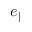
e _ { \parallel }